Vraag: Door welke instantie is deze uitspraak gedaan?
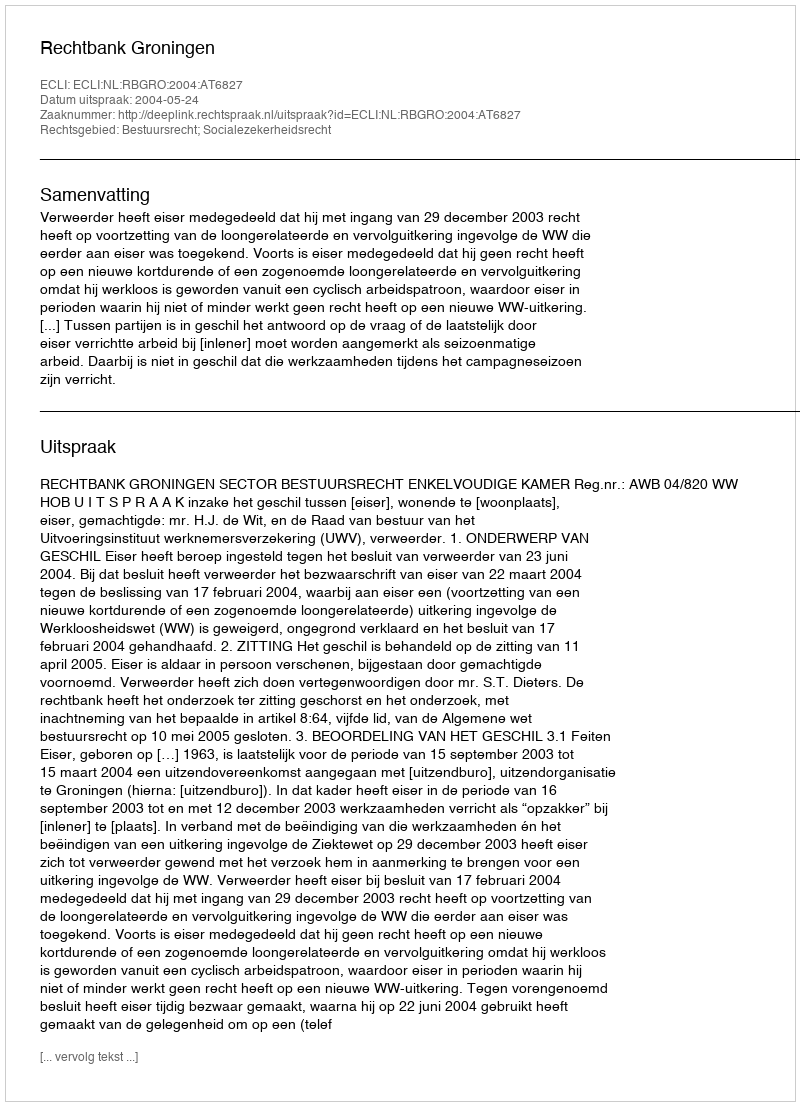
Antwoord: Rechtbank Groningen